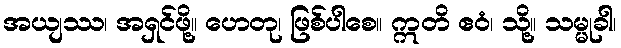
အယျဿ၊ အရှင်ဖို့။ ဟေတု၊ ဖြစ်ပါစေ။ ဣတိ ဧဝံ၊ သို့။ သမ္မုခါ၊